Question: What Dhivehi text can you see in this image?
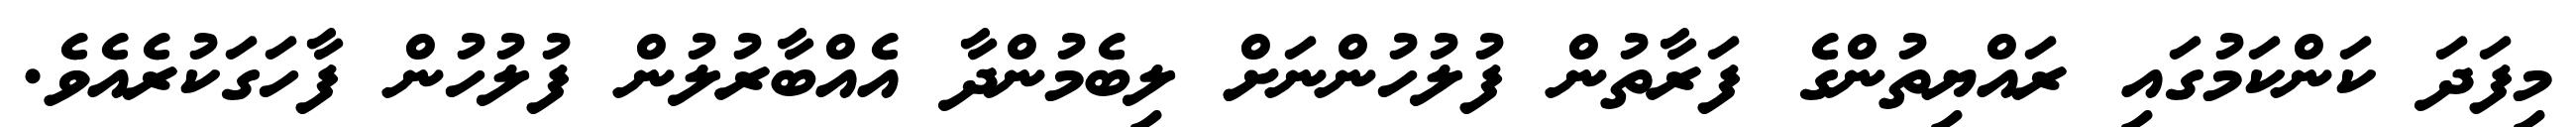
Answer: މިފަދަ ކަންކަމުގައި ރައްޔިތުންގެ ފަރާތުން ފުލުހުންނަށް ލިބެމުންދާ އެއްބާރުލުން ފުލުހުން ފާހަގަކުރެއެވެ.